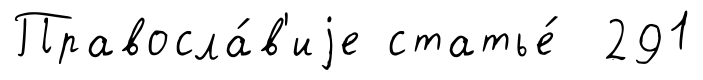
Правосла́в'иjе статье́ 291